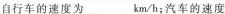
自行车的速度为___km/h；汽车的速度